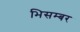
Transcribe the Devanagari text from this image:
भिसम्बर